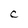
Character: C